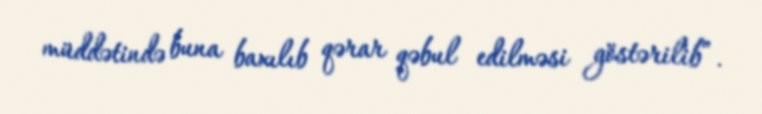
müddətində buna baxılıb qərar qəbul edilməsi göstərilib”.